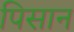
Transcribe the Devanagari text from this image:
पिसान